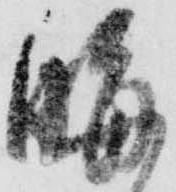
晦